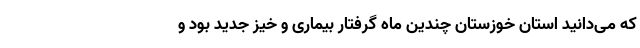
که می‌دانید استان خوزستان چندین ماه گرفتار بیماری و خیز جدید بود و